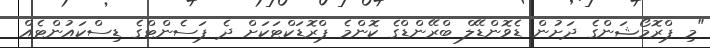
"މި ޕްރޮމޯޝަންގެ ދަށުން ޑެވޮންޑޭލް ބްރޭންޑްގެ ކޮންމެ ޕްރޮޑަކްޓަކަށް ދެ ޕަސެންޓްގެ ޑިސްކައުންޓެއް